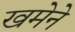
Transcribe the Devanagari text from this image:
खमेने